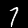
Digit: 7